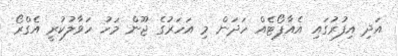
އަދި އިފުރުގައި އެއާޕޯޓެއް ހަދަން މި އަހަރުގެ ޖޫން މަހު ހަވާލުކުރީ އެގްރޯ